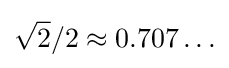
{\sqrt {2}}/2\approx 0.707\ldots